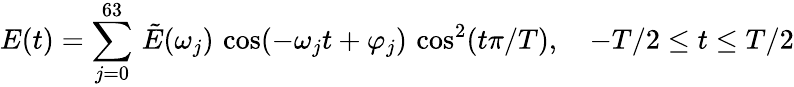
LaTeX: E(t)=\sum_{j=0}^{63}\, \tilde{E}(\omega_{j})\, \cos(-\omega_{j}t+\varphi_{j})\, \cos^{2}(t\pi/T),\quad-T/2\leq t\leq T/2